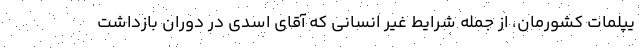
یپلمات کشورمان، از جمله شرایط غیر انسانی که آقای اسدی در دوران بازداشت